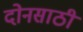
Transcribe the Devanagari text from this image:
दोनसाठी